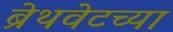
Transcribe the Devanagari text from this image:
ब्रेथवेटच्या